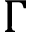
\Gamma